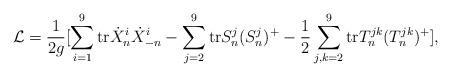
LaTeX: \begin{align*}{\cal L} = \frac {1}{2g} [ \sum_{i=1}^{9} \hbox {tr}\dot{X}^{i}_n \dot{X}^{i}_{-n}- \sum_{j=2}^9 \hbox {tr} S^{j}_n(S^j_n)^+- \frac {1}{2} \sum_{j,k=2} ^9 \hbox {tr} T^{jk}_n(T^{jk}_n)^+],\end{align*}